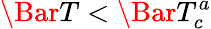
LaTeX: \Bar{T}<\Bar{T}_{c}^{a}